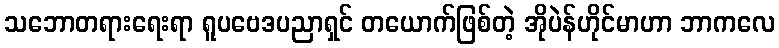
သဘောတရားရေးရာ ရူပဗေဒပညာရှင် တယောက်ဖြစ်တဲ့ အိုပဲန်ဟိုင်မာဟာ ဘာကလေ